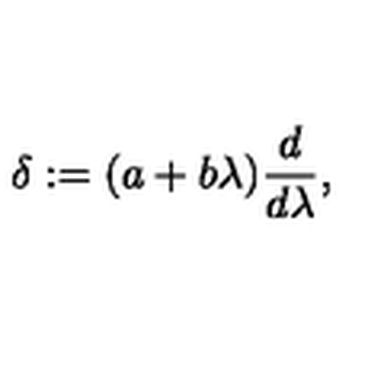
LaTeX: \delta : = ( a + b \lambda ) \frac { d } { d \lambda } ,